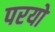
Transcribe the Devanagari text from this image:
परयो